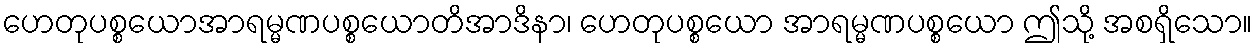
ဟေတုပစ္စယောအာရမ္မဏပစ္စယောတိအာဒိနာ၊ ဟေတုပစ္စယော အာရမ္မဏပစ္စယော ဤသို့ အစရှိသော။